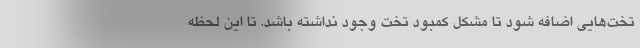
تخت‌هایی اضافه شود تا مشکل کمبود تخت وجود نداشته باشد. تا این لحظه